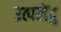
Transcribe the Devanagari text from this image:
उत्पलेंदु